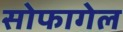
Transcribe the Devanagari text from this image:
सोफागेल